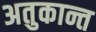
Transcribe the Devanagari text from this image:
अतुकान्त